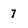
Character: 7